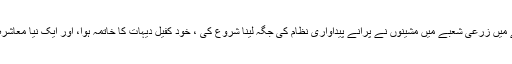
تھوڑے ہی عرصے میں زرعی شعبے میں مشینوں نے پرانے پیداواری نظام کی جگہ لینا شروع کی ، خود کفیل دیہات کا خاتمہ ہوا، اور ایک نیا معاشرہ وجود میں آنے لگا۔